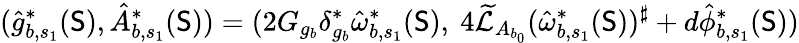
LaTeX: (\hat{g}_{b,s_{1}}^{*}(\mathsf{S}),\hat{A}_{b,s_{1}}^{*}(\mathsf{S}))=(2G_{g_{b}}\delta_{g_{b}}^{*}\hat{\omega}_{b,s_{1}}^{*}(\mathsf{S}),\ 4\widetilde{\mathcal{L}}_{A_{b_{0}}}(\hat{\omega}_{b,s_{1}}^{*}(\mathsf{S}))^{\sharp}+d\hat{\phi}_{b,s_{1}}^{*}(\mathsf{S}))